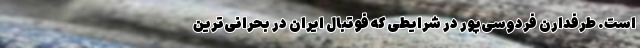
است. طرفدارن فردوسی‌پور در شرایطی که فوتبال ایران در بحرانی‌ترین